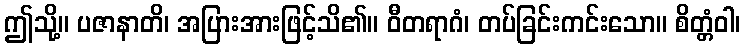
ဤသို့။ ပဇာနာတိ၊ အပြားအားဖြင့်သိ၏။ ဝီတရာဂံ၊ တပ်ခြင်းကင်းသော။ စိတ္တံဝါ၊